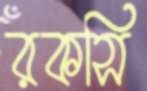
রকসি